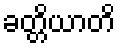
ခတ္တိယာတိ